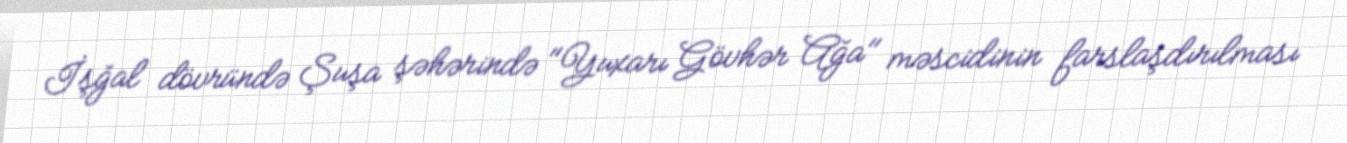
İşğal dövründə Şuşa şəhərində "Yuxarı Gövhər Ağa" məscidinin farslaşdırılması